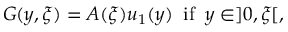
G ( y , \xi ) = A ( \xi ) u _ { 1 } ( y ) \; \; \mathrm { i f } \; \; y \in ] 0 , \xi [ ,